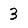
Character: 3